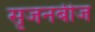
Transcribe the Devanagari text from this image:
सृजनबीज